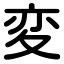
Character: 変